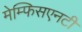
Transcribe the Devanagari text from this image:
मेम्फिसएनटी